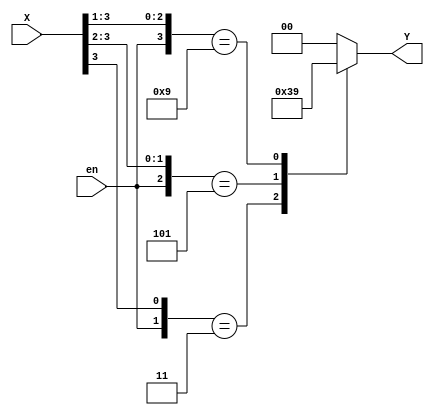
module encoder4x2(
    input [3:0] X,
    input en,
    output reg [1:0] Y
    );
    
    always @*
        casex({en, X})
            5'b11???: Y = 11;
            5'b101??: Y = 10;
            5'b1001?: Y = 01;
            5'b10001: Y = 00;
            default: Y = 00;
        endcase
    
endmodule